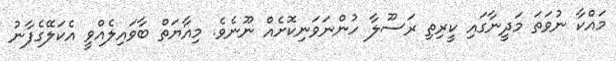
މައްކާ ނުވަތަ މަދީނާގައި ކީރިތި ރަސޫލާ ހުންނަވަނިކޮށެއް ނޫނެވެ. މިއާޔަތް ބާވައިލެއްވީ އެކަލޭގެފާނު